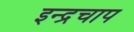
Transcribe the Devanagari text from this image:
इन्द्रचाप